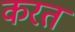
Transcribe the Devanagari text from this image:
करत